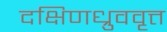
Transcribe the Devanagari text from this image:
दक्षिणध्रुववृत्त